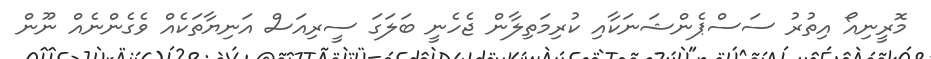
މޮރީނިއޯ އިތުރު ސަސްޕެންޝަނަކާއި ކުރިމަތިލާން ޖެހެނީ ބަލަގަ ސީރިއަސް އަނިޔާތަކެއް ވެގެންނެއް ނޫން